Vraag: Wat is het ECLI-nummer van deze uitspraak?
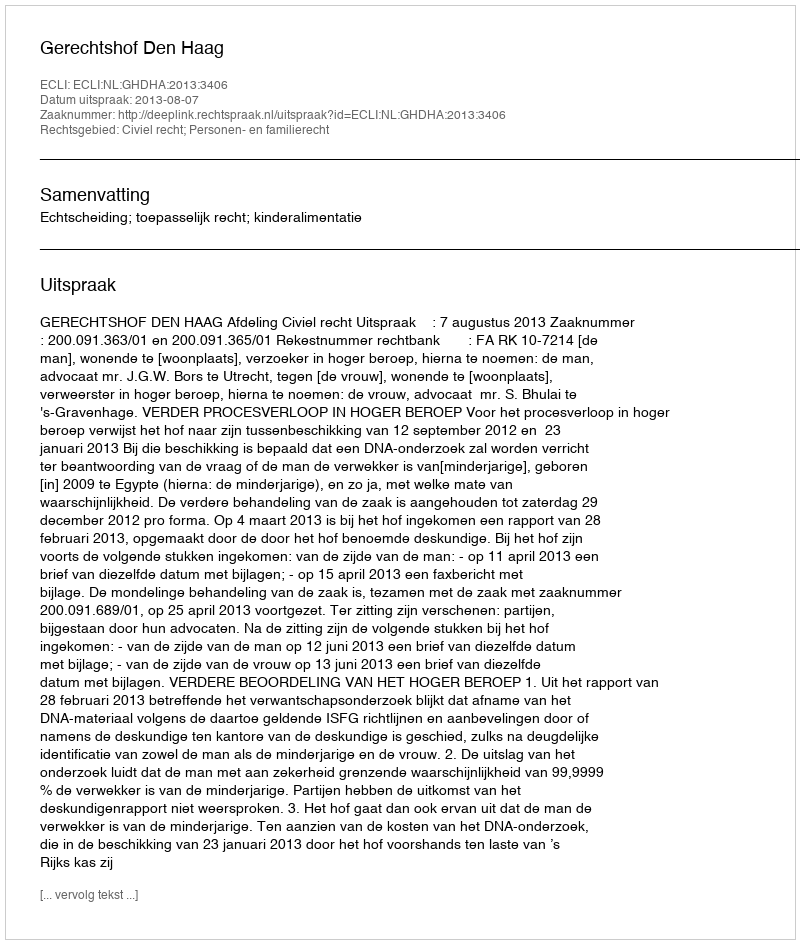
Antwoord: ECLI:NL:GHDHA:2013:3406